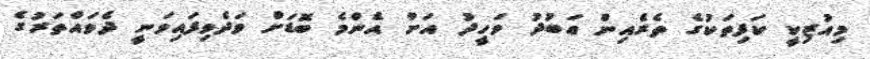
މިއުޒިކީ ކަފިތަކުގެ ތެރެއިން ޢަބުދު ވަހީދު އަށް އެންމެ ބޮޑަށް ވަދެވިފައިވަނީ ދެވައްތަރުގެ